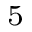
^ { 5 }